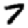
Digit: 7